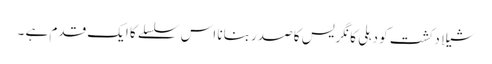
شیلا دکشت کو دہلی کانگریس کا صدر بنانا اس سلسلے کا ایک قدم ہے ۔